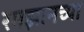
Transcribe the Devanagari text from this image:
रमझानच्या